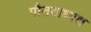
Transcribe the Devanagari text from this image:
पौतवाध्यक्ष